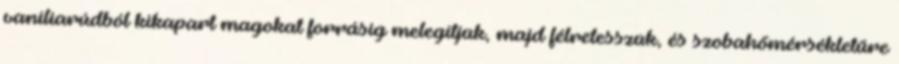
vaníliarúdból kikapart magokat forrásig melegítjük, majd félretesszük, és szobahőmérsékletűre